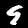
Label: 9